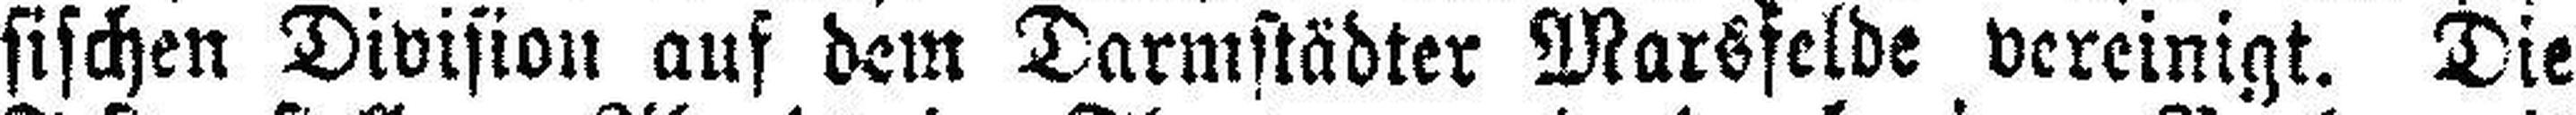
sischen Division auf dem Darmstädter Marsfelde vereinigt. Die